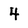
Character: 4